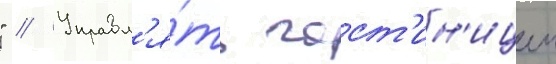
" // Управл'я́ть гост'ин'ицеи